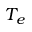
T _ { e }